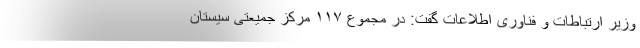
وزیر ارتباطات و فناوری اطلاعات گفت: در مجموع ۱۱۷ مرکز جمیعتی سیستان